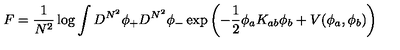
F = { \frac { 1 } { N ^ { 2 } } } \log \int D ^ { N ^ { 2 } } \phi _ { + } D ^ { N ^ { 2 } } \phi _ { - } \exp \left( - { \frac { 1 } { 2 } } \phi _ { a } K _ { a b } \phi _ { b } + V ( \phi _ { a } , \phi _ { b } ) \right)